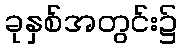
ခုနှစ်အတွင်း၌